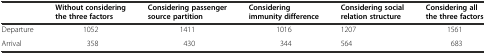
<table><thead><tr><td></td><td><b>Without considering the three factors</b></td><td><b>Considering passenger source partition</b></td><td><b>Considering immunity difference</b></td><td><b>Considering social relation structure</b></td><td><b>Considering all the three factors</b></td></tr></thead><tbody><tr><td>Departure</td><td>1052</td><td>1411</td><td>1016</td><td>1207</td><td>1561</td></tr><tr><td>Arrival</td><td>358</td><td>430</td><td>344</td><td>564</td><td>683</td></tr></tbody></table>